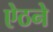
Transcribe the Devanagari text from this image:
ऐठने